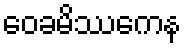
ဝေခမိဿကေန